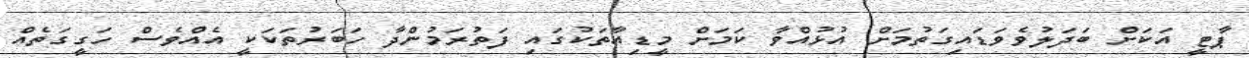
ޕާޓީ އަކަށް ބަދަލުވެވަޑައިގަތުމަށް އުޅުއްވާ ކަމަށް މީޑިއާތަކުގައި ފަތުރަމުންދާ ހަބަރުތަކަކީ އެއްވެސް ހަގީގަތެއް